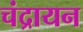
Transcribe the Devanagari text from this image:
चंद्रायन